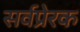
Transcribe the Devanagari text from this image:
सर्वप्रेरक